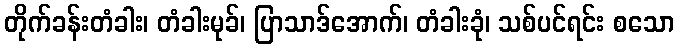
တိုက်ခန်းတံခါး၊ တံခါးမုခ်၊ ပြာသာဒ်အောက်၊ တံခါးခုံ၊ သစ်ပင်ရင်း စသော